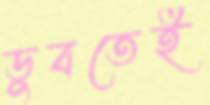
ডুবতেই